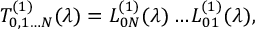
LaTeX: T _ { 0 , 1 \dots N } ^ { ( 1 ) } ( \lambda ) = L _ { 0 N } ^ { ( 1 ) } ( \lambda ) \dots L _ { 0 1 } ^ { ( 1 ) } ( \lambda ) ,